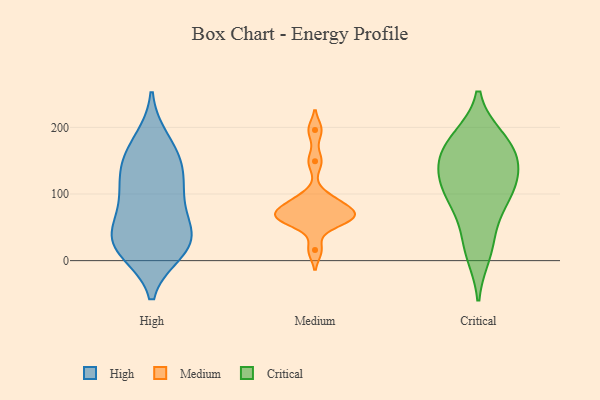
{"axis": {"x": "Churn Rate (%)", "y": "Value"}, "legend": ["Critical", "High", "Medium"], "data": [{"x": "", "y": 135, "type": "High"}, {"x": "", "y": 30, "type": "High"}, {"x": "", "y": 40, "type": "High"}, {"x": "", "y": 163, "type": "High"}, {"x": "", "y": 96, "type": "High"}, {"x": "", "y": 15, "type": "High"}, {"x": "", "y": 25, "type": "High"}, {"x": "", "y": 67, "type": "High"}, {"x": "", "y": 22, "type": "High"}, {"x": "", "y": 149, "type": "High"}, {"x": "", "y": 96, "type": "High"}, {"x": "", "y": 30, "type": "High"}, {"x": "", "y": 122, "type": "High"}, {"x": "", "y": 180, "type": "High"}, {"x": "", "y": 80, "type": "Medium"}, {"x": "", "y": 86, "type": "Medium"}, {"x": "", "y": 61, "type": "Medium"}, {"x": "", "y": 16, "type": "Medium"}, {"x": "", "y": 95, "type": "Medium"}, {"x": "", "y": 196, "type": "Medium"}, {"x": "", "y": 66, "type": "Medium"}, {"x": "", "y": 68, "type": "Medium"}, {"x": "", "y": 149, "type": "Medium"}, {"x": "", "y": 59, "type": "Medium"}, {"x": "", "y": 67, "type": "Medium"}, {"x": "", "y": 91, "type": "Critical"}, {"x": "", "y": 182, "type": "Critical"}, {"x": "", "y": 29, "type": "Critical"}, {"x": "", "y": 151, "type": "Critical"}, {"x": "", "y": 115, "type": "Critical"}, {"x": "", "y": 126, "type": "Critical"}, {"x": "", "y": 183, "type": "Critical"}, {"x": "", "y": 79, "type": "Critical"}, {"x": "", "y": 110, "type": "Critical"}, {"x": "", "y": 167, "type": "Critical"}, {"x": "", "y": 151, "type": "Critical"}, {"x": "", "y": 11, "type": "Critical"}]}